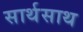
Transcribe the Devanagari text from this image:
सार्थसाथ